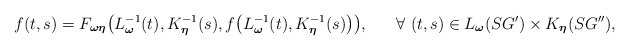
\begin{align*}\begin{aligned} f(t,s)= F_{\boldsymbol{\omega}\boldsymbol{\eta}}\big(L^{-1}_{\boldsymbol{\omega}}(t),K^{-1}_{\boldsymbol{\eta}}(s),f\big(L^{-1}_{\boldsymbol{\omega}}(t),K^{-1}_{\boldsymbol{\eta}}(s)\big)\big), ~~~~~\forall~ (t,s) \in L_{\boldsymbol{\omega}}(SG') \times K_{\boldsymbol{\eta}}(SG''), \end{aligned}\end{align*}